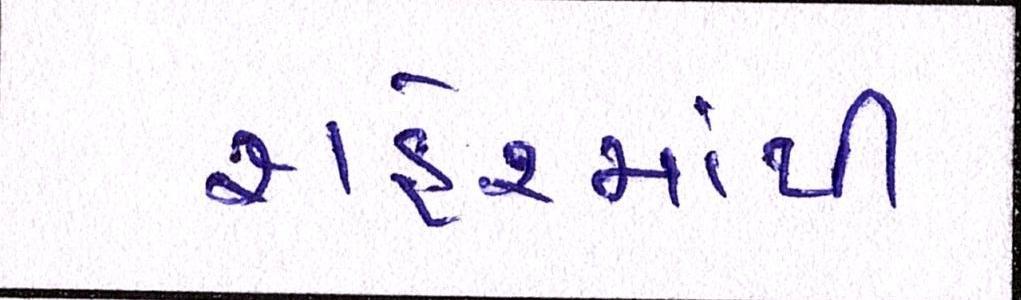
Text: શહેરમાંથી